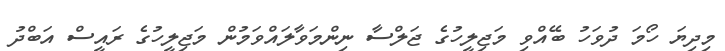
މިދިޔަ ހޯމަ ދުވަހު ބޭއްވި މަޖިލީހުގެ ޖަލްސާ ނިންމަވާލައްވަމުން މަޖިލީހުގެ ރައީސް އަބްދު